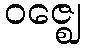
ဝဇ္ဈေ